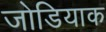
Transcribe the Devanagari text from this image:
जोडियाक